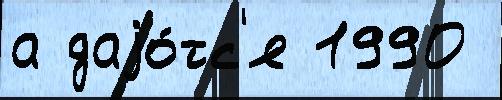
а даjо́тс'я 1990